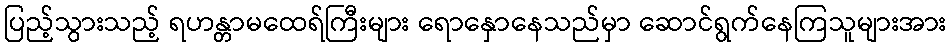
ပြည့်သွားသည့် ရဟန္တာမထေရ်ကြီးများ ရောနှောနေသည်မှာ ဆောင်ရွက်နေကြသူများအား